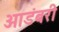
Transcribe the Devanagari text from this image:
आडंबरी